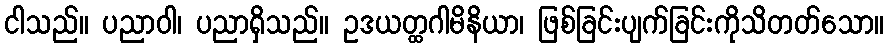
ငါသည်။ ပညာဝါ၊ ပညာရှိသည်။ ဥဒယတ္ထဂါမိနိယာ၊ ဖြစ်ခြင်းပျက်ခြင်းကိုသိတတ်သော။